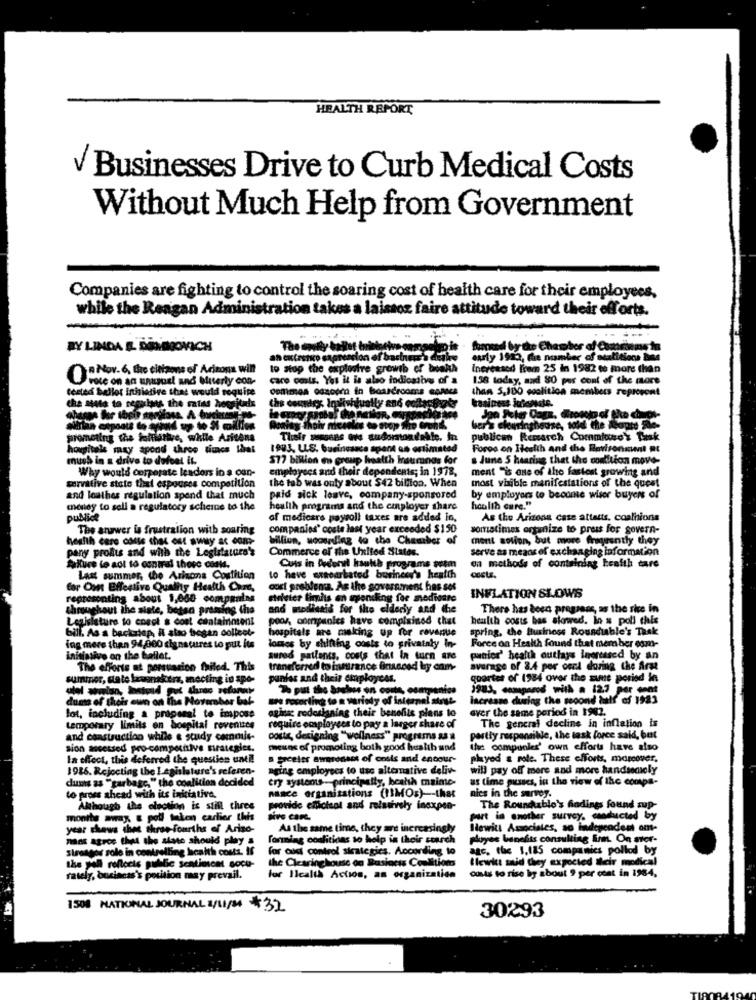
HEALTH REPORT
Businesses Drive to Curb Medical Costs
Without Much Help from Government
Companies are fighting to control the soaring cost of health care for their employees.
while the Reagan Administration takes a laissez faire attitude toward their efforts.
-
RY LINDA E. DENBINGOVICH
fueed by the Chamber of Comes
don of basiners'S det
surly 1923, the number of stalitions bins
ORMOY-6, the citizens of Arizona will
to stop the explostre growth
Increased from 25 in 1982 es more than
voce on an unusual and Outerly con-
caro cols. Yes it is also indicativo of a
158 today, and 80 per cont of the more
tested ballot inhiative that would requise
comimos esopra in boardrooms Ropas
than 5,100 coalition members represent
che mate to regulate the matos hospitals
Che cooney Indishtually and collarforty
kasimess inienale.
prometing the folliathe, while Aritens
publican Remarch Commiose's Bhak
hospitals may apond three timacs that
1983. LLS. businessce spent os ortimated
Foros on Health and the Berironment Rt
much in a drive to dofeat it.
577 billion en group health Irsurnas for
s June S hearing that the condition move-
Why would corporate leaders in a can-
employees and their dependents; in 1978,
ment "is one of the fastest growing and
the tab was only about $42 billion. When
most visible manifestations of the quest
corvative state that espoures competition
and louthes regulation spend that much
paid sick leave, company-sponsored
by employers to become wiser buyers of
money to sell a regulatory schicine to the
health programs and the employer share
health care."
publice
of medicare payroll taxes are added In,
As the Arizona cate attatts, coalhions
The answer is frustration with soaring
companies' coste last year exceeded $150
somristimes organize to pres for Sovern-
health care case that out away ac com
billion, womenling to the Chamber of
mert solion, but more frequently they
pany profits and with the Legislature's
Commerce of the United States.
serve as means of exchanging information
on methods of containing health tare
friture to act to contral there costs.
Cuis in Dedort hautth programs petm
Last summer, che Ariana Costition
to have eracarbated business's health
for Oon Effective Quality Health Care,
oost problema. As the government has set
representing about 1,080 companies
strleter limits on spending for medicare
INFLATION SLOWS
throughout the siete, botan pressing the
and modlianis for the elderly and the
There has been progress, as the rice in
Legislature to coset s cost containment
poor, companies have complained chat
health costs bas slowed. In s poli this
bill. As a backrisp, il also began collect-
hospitals are making up for revenue
spring, the Business Roundtable's Task
ing mere than 94,000 signatures to put its
lomes by chinting costs to privataly in-
Force on Health found that member osm-
initiative on the ballet.
sured patients, costs that In turn are
panior' health outlays impressed by an
The efforts at porsuasion failed. This
transferred to insurance Binaced by onm-
average of 3.4 por oecd daving the Arse
summer, state lawsnakers, mecting in spo-
pantes and their employees.
goartes of 1984 over the sune poried in
7% put the arabes en costs, companies
1983, compared with a 12.7 per cent
dums of theis cun on the
on The Novarahar bak-
cling to a variety of internal atrue
increase during the second half of 1923
ogic rodoslaning their benefits plans to
ever the same period in 1982.
lot, including a pragenel to impose
The general decline in inflation is
temporary limits en hospital revenues
require employees to pay a larger share of
and construction while e study commis-
poste, designing "wellness" programs as a
partly responsible, the task force said, but
sion ascetsed pro-competitive mirategies.
meses of promoting both good health and
amounles' own efforts have also
In effect, this deferred the question until!
B Freeles aweonset of costs and encour-
phyed & rote. These efforts, moreover,
1986. Rejecting the Legislature's referen-
aging employees to use alternative deliv-
will pay off more and more handsenicly
dums as ""garbage," the coalition decided
ery systems-principally, health maime-
us time pusses, in the view of the compa-
to pross ahead with its initiative.
nasce organizations (IMOs)-that
nics in the survey.
Although the election is still three
provide efficient and relatively inoxpen-
The Roundtable's Godings found sup-
monits away. & poll taken carlier this
purt in another survey, conducted by
year chews thet three- fourths of Ariso-
As the same time, they are increasingly
Hewitt Associates, so independent om-
nans agree that the state should play a
formning coalitions to help in their starch
slryes benefits consulting firm. On stor-
stresgor sole in controlling health costs. If
for oud control strategics. According to
age, the 1,185 companies pollod by
the Clearinghouse on Basiocss Condition
İlewit said they expected their medical
the well reflects public scatiescet socu-
outs to rise by about 9 per cont in 1984,
business's position may prevail.
for licalta Action, an organization
1508 MATIONAL JOURNAL 2/11/24 #32
30293